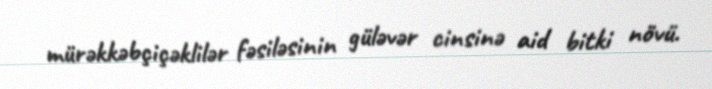
mürəkkəbçiçəklilər fəsiləsinin güləvər cinsinə aid bitki növü.